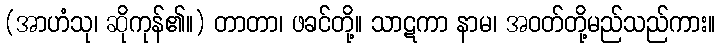
(အာဟံသု၊ ဆိုကုန်၏။) တာတာ၊ ဖခင်တို့။ သာဋကာ နာမ၊ အဝတ်တို့မည်သည်ကား။